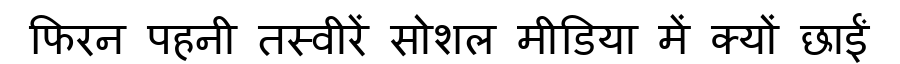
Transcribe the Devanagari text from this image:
फिरन पहनी तस्वीरें सोशल मीडिया में क्यों छाईं